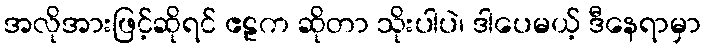
အလိုအားဖြင့်ဆိုရင် ဧဠက ဆိုတာ သိုးပါပဲ၊ ဒါပေမယ့် ဒီနေရာမှာ